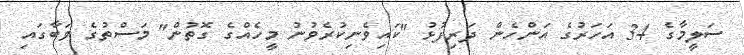
ސަލީމާގެ 34 އަހަރުގެ އަންހެން ދަރިފުޅު "ކައިވެނިކުރެވުނު މީހެއްގެ ގޮތުން" މަސްތުގެ ވަބާގައި